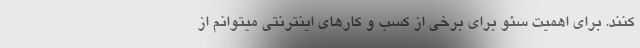
کنند. برای اهمیت سئو برای برخی از کسب و کارهای اینترنتی میتوانم از